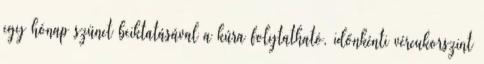
egy hónap szünet beiktatásával a kúra folytatható, időnkénti vércukorszint